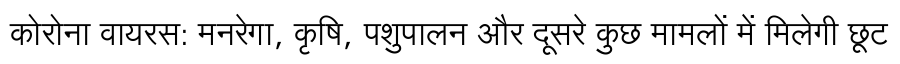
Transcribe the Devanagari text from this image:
कोरोना वायरस: मनरेगा, कृषि, पशुपालन और दूसरे कुछ मामलों में मिलेगी छूट